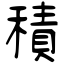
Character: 積